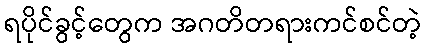
ရပိုင်ခွင့်တွေက အဂတိတရားကင်စင်တဲ့